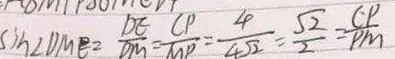
\sin \angle D M E = \frac { D E } { D M } = \frac { C P } { M P } = \frac { 4 } { 4 \sqrt { 2 } } = \frac { \sqrt { 2 } } { 2 } = \frac { C P } { P M }